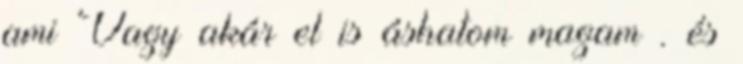
ami Vagy akár el is áshatom magam . és